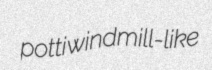
potti windmill-like